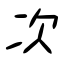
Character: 次